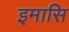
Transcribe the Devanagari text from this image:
इमासि